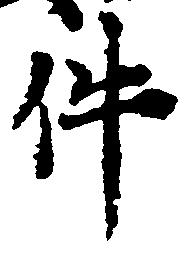
件